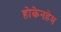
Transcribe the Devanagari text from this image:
होकेनहेम